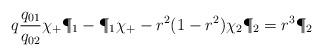
LaTeX: \begin{align*}q{q_{01} \over q_{02}} \chi_+ \P_1-\P_1 \chi_+-r^2 (1-r^2) \chi_2 \P_2=r^3 \P_2\end{align*}